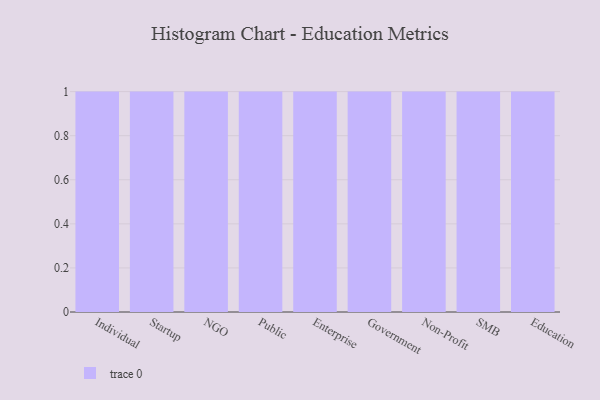
{"axis": {"x": "Segment", "y": "Page Views"}, "legend": [""], "data": [{"x": "Individual", "y": 98, "type": ""}, {"x": "Startup", "y": 12, "type": ""}, {"x": "NGO", "y": 82, "type": ""}, {"x": "Public", "y": 45, "type": ""}, {"x": "Enterprise", "y": 95, "type": ""}, {"x": "Government", "y": 59, "type": ""}, {"x": "Non-Profit", "y": 84, "type": ""}, {"x": "SMB", "y": 54, "type": ""}, {"x": "Education", "y": 19, "type": ""}]}